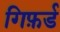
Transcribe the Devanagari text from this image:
गिफ़र्ड